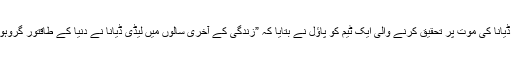
ویب سائٹ Cheatsheet.comکے مطابق لیڈی ڈیانا کی موت پر تحقیق کرنے والی ایک ٹیم کو پاﺅل نے بتایا کہ ”زندگی کے آخری سالوں میں لیڈی ڈیانا نے دنیا کے طاقتور گروہوں اور مافیاز سے لیڈی ڈیانا نے دشمنی پال لی تھی۔